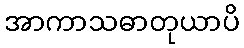
အာကာသဓာတုယာပိ